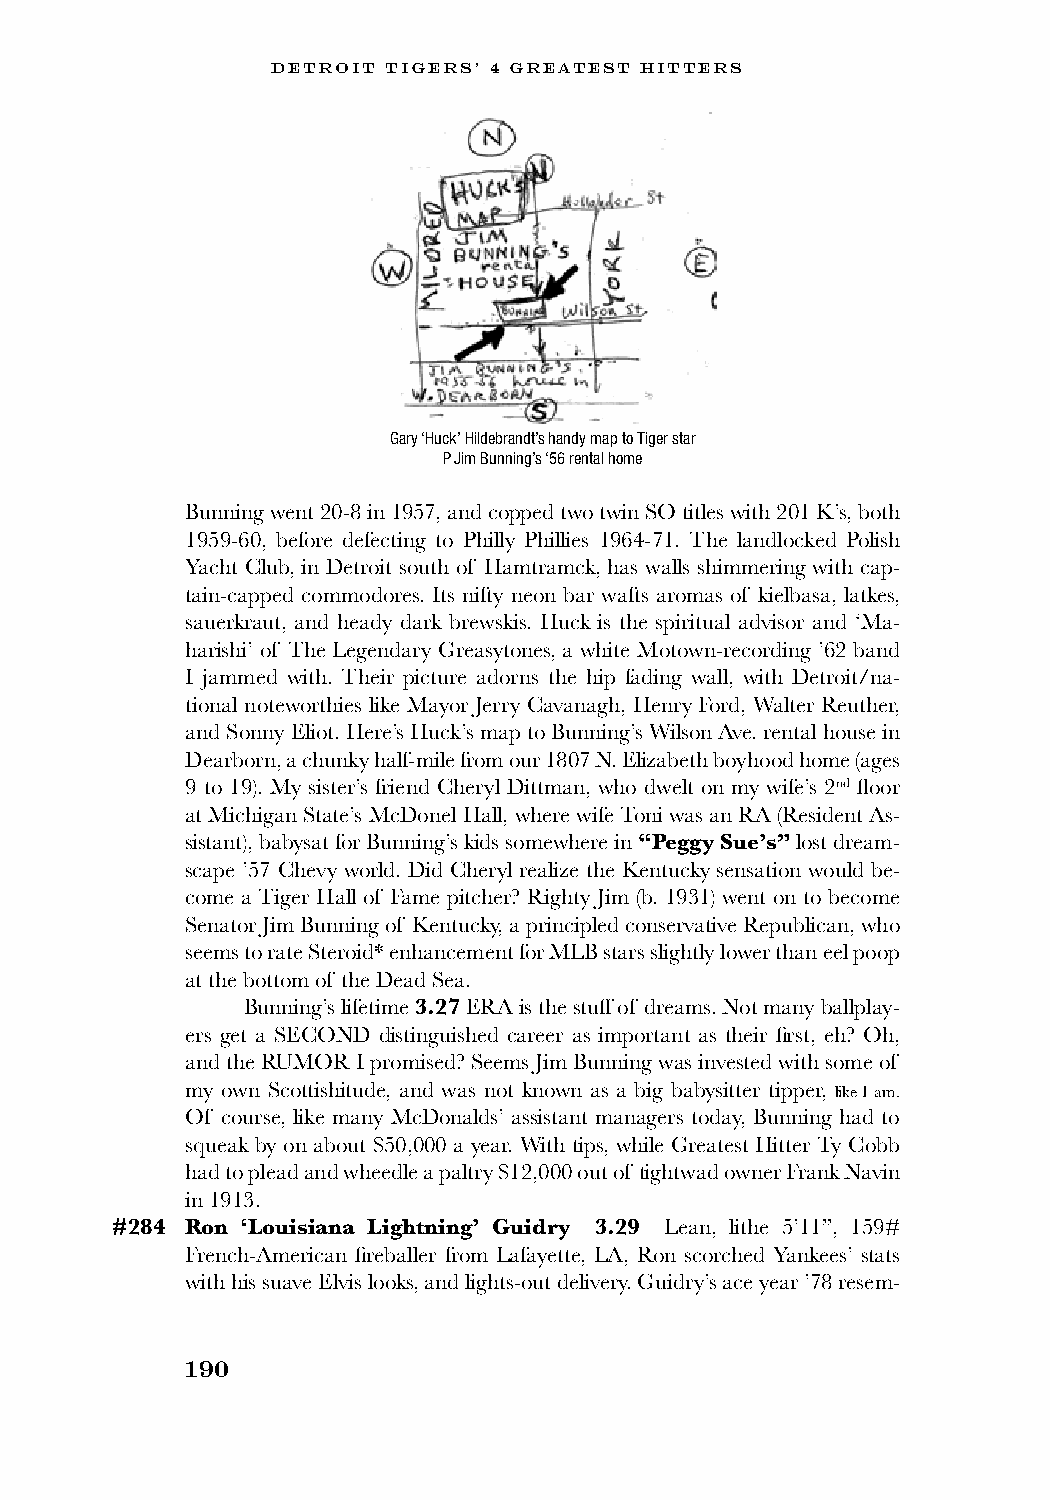
DETROIT TIGERS’ 4 GREATEST HITTERS
 Gary ‘Huck’ Hildebrandt’s handy map to Tiger star
 P Jim Bunning’s ‘56 rental home
 Bunning went 20-8 in 1957, and copped two twin SO titles with 201 K’s, both
 1959-60, before defecting to Philly Phillies 1964-71. The landlocked Polish
 Yacht Club, in Detroit south of Hamtramck, has walls shimmering with cap-
 tain-capped commodores. Its nifty neon bar wafts aromas of kielbasa, latkes,
 sauerkraut, and heady dark brewskis. Huck is the spiritual advisor and ‘Ma-
 harishi’ of The Legendary Greasytones, a white Motown-recording ’62 band
 I jammed with. Their picture adorns the hip fading wall, with Detroit/na-
 tional noteworthies like Mayor Jerry Cavanagh, Henry Ford, Walter Reuther,
 and Sonny Eliot. Here’s Huck’s map to Bunning’s Wilson Ave. rental house in
 Dearborn, a chunky half-mile from our 1807 N. Elizabeth boyhood home (ages
 9 to 19). My sister’s friend Cheryl Dittman, who dwelt on my wife’s 2nd floor
 at Michigan State’s McDonel Hall, where wife Toni was an RA (Resident As-
 sistant), babysat for Bunning’s kids somewhere in “Peggy Sue’s” lost dream-
 scape ’57 Chevy world. Did Cheryl realize the Kentucky sensation would be-
 come a Tiger Hall of Fame pitcher? Righty Jim (b. 1931) went on to become
 Senator Jim Bunning of Kentucky, a principled conservative Republican, who
 seems to rate Steroid* enhancement for MLB stars slightly lower than eel poop
 at the bottom of the Dead Sea.
 Bunning’s lifetime 3.27 ERA is the stuff of dreams. Not many ballplay-
 ers get a SECOND distinguished career as important as their first, eh? Oh,
 and the RUMOR I promised? Seems Jim Bunning was invested with some of
 my own Scottishitude, and was not known as a big babysitter tipper, like I am.
 Of course, like many McDonalds’ assistant managers today, Bunning had to
 squeak by on about $50,000 a year. With tips, while Greatest Hitter Ty Cobb
 had to plead and wheedle a paltry $12,000 out of tightwad owner Frank Navin
 in 1913.
 #284 Ron ‘Louisiana Lightning’ Guidry 3.29 Lean, lithe 5’11”, 159#
 French-American fireballer from Lafayette, LA, Ron scorched Yankees’ stats
 with his suave Elvis looks, and lights-out delivery. Guidry’s ace year ’78 resem-
 190